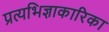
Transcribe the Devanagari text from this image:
प्रत्यभिज्ञाकारिका